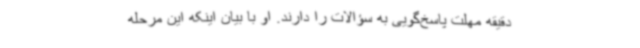
دقیقه مهلت پاسخ‌گویی به سؤالات را دارند. او با بیان اینکه این مرحله